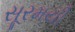
સૂરમયી